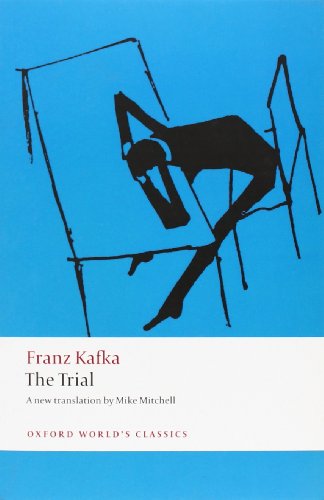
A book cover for The Trial (Oxford World's Classics); Franz Kafka; Science Fiction & Fantasy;